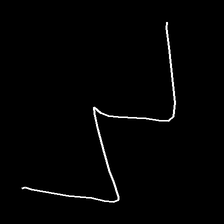
Glyph: crush